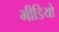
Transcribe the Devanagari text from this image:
मीडियो